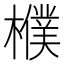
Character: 㯷